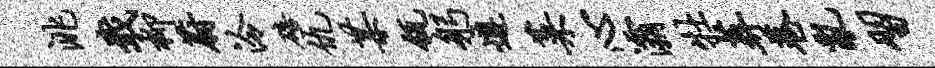
洮戢柳蔚泠碚仇某瓴躬遵菜心灞牡葬巷乱习